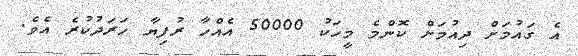
އެ ގައުމަށް ދިއުމަށް ކޮންމެ މީހަކު 50000 އެއްހާ ރުފިޔާ ހަރަދުކުރެ އެވެ.